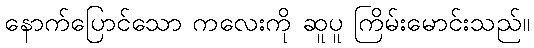
နောက်ပြောင်သော ကလေးကို ဆူပူ ကြိမ်းမောင်းသည်။